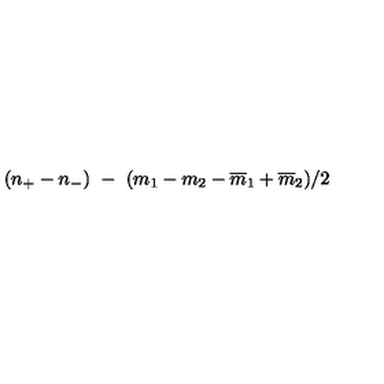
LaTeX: ( n _ { + } - n _ { - } ) \ - \ ( m _ { 1 } - m _ { 2 } - { \overline { { m } } _ { 1 } } + { \overline { { m } } _ { 2 } } ) / 2